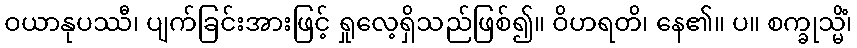
ဝယာနုပဿီ၊ ပျက်ခြင်းအားဖြင့် ရှုလေ့ရှိသည်ဖြစ်၍။ ဝိဟရတိ၊ နေ၏။ ပ။ စက္ခုသ္မိံ၊